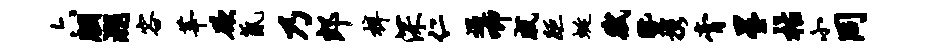
六胭溯容莘欲氤乃郎梓深仁遇唧戚距蜒赋暨携膏星枯小同